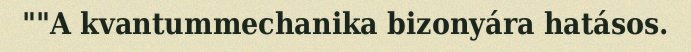
""A kvantummechanika bizonyára hatásos.